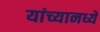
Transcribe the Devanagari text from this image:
यांच्यानध्ये